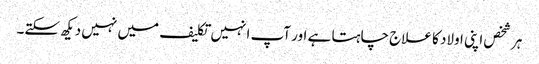
ہر شخص اپنی اولاد کا علاج چاہتا ہے اور آپ انہیں تکلیف میں نہیں دیکھ سکتے۔